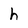
Character: h